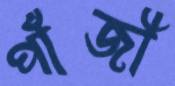
পাঁজী